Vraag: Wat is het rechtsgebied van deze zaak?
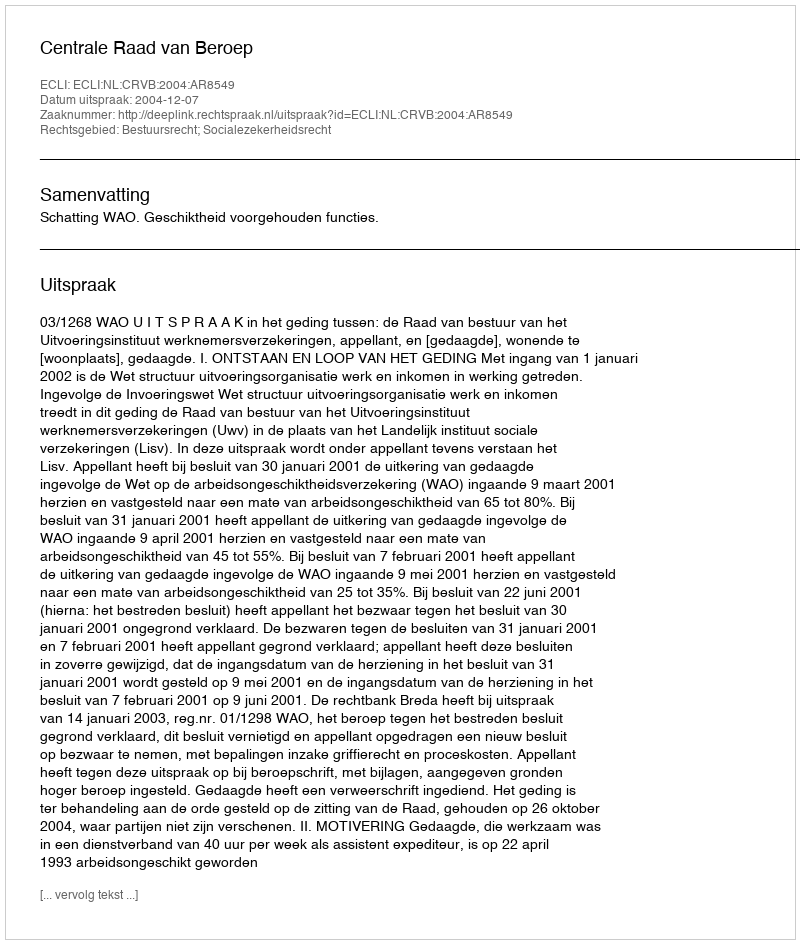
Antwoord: Bestuursrecht; Socialezekerheidsrecht